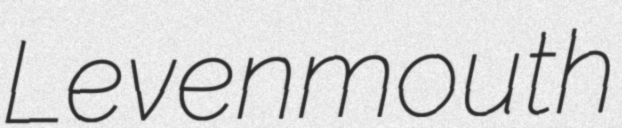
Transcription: Levenmouth